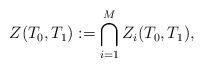
LaTeX: \begin{align*}Z(T_0,T_1) := \bigcap_{i=1}^{M} Z_i(T_0,T_1),\end{align*}